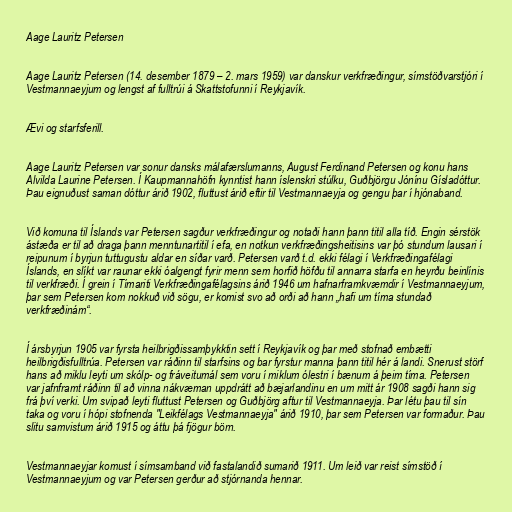
Aage Lauritz Petersen

Aage Lauritz Petersen (14. desember 1879 – 2. mars 1959) var danskur verkfræðingur, símstöðvarstjóri í
Vestmannaeyjum og lengst af fulltrúi á Skattstofunni í Reykjavík.

Ævi og starfsferill.

Aage Lauritz Petersen var sonur dansks málafærslumanns, August Ferdinand Petersen og konu hans
Alvilda Laurine Petersen. Í Kaupmannahöfn kynntist hann íslenskri stúlku, Guðbjörgu Jónínu Gísladóttur.
Þau eignuðust saman dóttur árið 1902, fluttust árið eftir til Vestmannaeyja og gengu þar í hjónaband.

Við komuna til Íslands var Petersen sagður verkfræðingur og notaði hann þann titil alla tíð. Engin sérstök
ástæða er til að draga þann menntunartitil í efa, en notkun verkfræðingsheitisins var þó stundum lausari í
reipunum í byrjun tuttugustu aldar en síðar varð. Petersen varð t.d. ekki félagi í Verkfræðingafélagi
Íslands, en slíkt var raunar ekki óalgengt fyrir menn sem horfið höfðu til annarra starfa en heyrðu beinlínis
til verkfræði. Í grein í Tímariti Verkfræðingafélagsins árið 1946 um hafnarframkvæmdir í Vestmannaeyjum,
þar sem Petersen kom nokkuð við sögu, er komist svo að orði að hann „hafi um tíma stundað
verkfræðinám“.

Í ársbyrjun 1905 var fyrsta heilbrigðissamþykktin sett í Reykjavík og þar með stofnað embætti
heilbrigðisfulltrúa. Petersen var ráðinn til starfsins og bar fyrstur manna þann titil hér á landi. Snerust störf
hans að miklu leyti um skólp- og fráveitumál sem voru í miklum ólestri í bænum á þeim tíma. Petersen
var jafnframt ráðinn til að vinna nákvæman uppdrátt að bæjarlandinu en um mitt ár 1908 sagði hann sig
frá því verki. Um svipað leyti fluttust Petersen og Guðbjörg aftur til Vestmannaeyja. Þar létu þau til sín
taka og voru í hópi stofnenda "Leikfélags Vestmannaeyja" árið 1910, þar sem Petersen var formaður. Þau
slitu samvistum árið 1915 og áttu þá fjögur börn.

Vestmannaeyjar komust í símsamband við fastalandið sumarið 1911. Um leið var reist símstöð í
Vestmannaeyjum og var Petersen gerður að stjórnanda hennar.